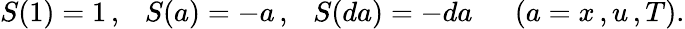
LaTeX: S(1)=1\, ,\ \ \ S(a)=-a\, ,\ \ \ S(da)=-da\ \ \ \ \ \ (a=x\, ,u\, ,T).